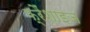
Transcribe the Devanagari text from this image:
फ्रैंशाइज